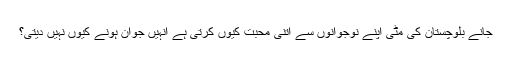
جانے بلوچستان کی مٹی اپنے نوجوانوں سے اتنی محبت کیوں کرتی ہے انہیں جوان ہونے کیوں نہیں دیتی؟